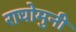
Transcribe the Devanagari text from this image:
राघोमुनी